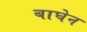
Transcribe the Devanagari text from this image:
बाघेन